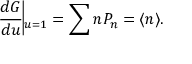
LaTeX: \frac { d G } { d u } \vline _ { u = 1 } = \sum n P _ { n } = \langle n \rangle .